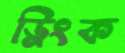
ড্রিংক